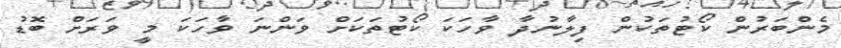
މެންބަރުން ކޯޓުތަކުން ފިލާނުދާ ވާހަކަ ކޯޓުތަކަށް ވަންނަ ވާހަކަ މީ ވަރަށް ބޮޑު